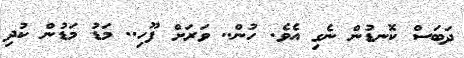
ދަބަސް ކޮނޑުން ނެގި އެވެ. ހުން.. ވަރަށް ފޫހި.. މަޑު މަޑުން ކުދި